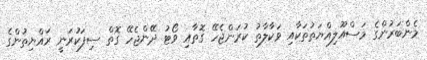
މެންބަރުންގެ މަސްއޫލިއްޔަތުތަކާއި ވަކާލާތު ކުރަންޖެހޭ ގޮތާއި ވޯޓު ދޭންޖެހޭ ގޮތް ސިފަކުރަނީ ރައްޔިތުންގެ